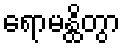
ရောမန္ထိတွာ